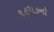
૧૯૫૭નો